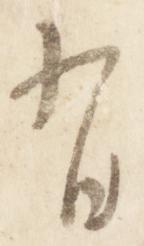
有